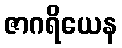
ဇာဂရိယေန